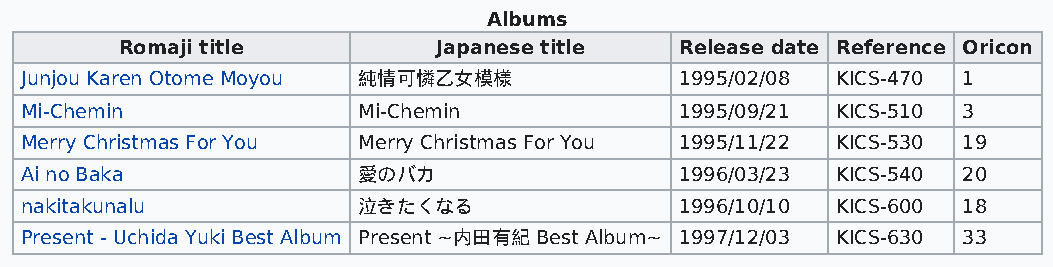
Albums
 Romaji title         Japanese title  Release date Reference Oricon
 Junjou Karen Otome Moyou 純情可憐乙女模様           1995/02/08 KICS-470 1
 Mi-Chemin              Mi-Chemin            1995/09/21 KICS-510 3
 Merry Christmas For You Merry Christmas For You 1995/11/22 KICS-530 19
 Ai no Baka             愛のバカ                 1996/03/23 KICS-540 20
 nakitakunalu           泣きたくなる               1996/10/10 KICS-600 18
 Present - Uchida Yuki Best Album Present ~内田有紀 Best Album~ 1997/12/03 KICS-630 33